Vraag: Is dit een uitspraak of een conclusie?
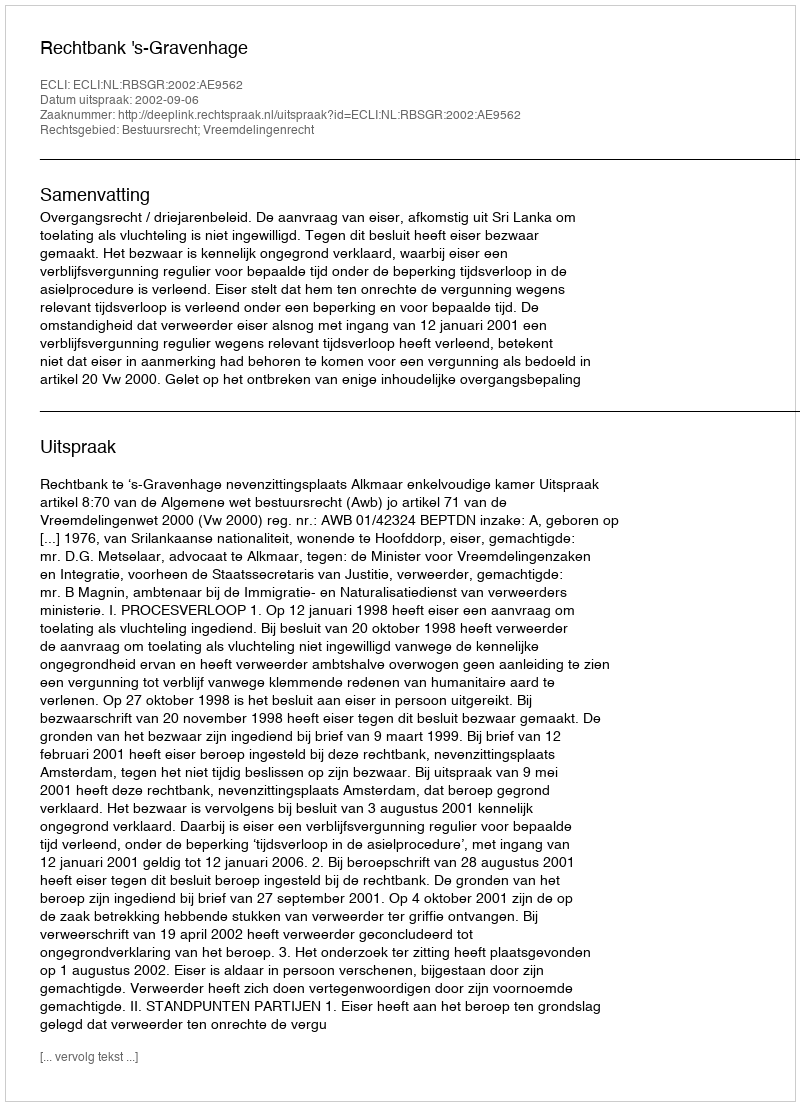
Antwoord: Uitspraak